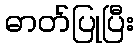
ဓာတ်ပြုပြီး